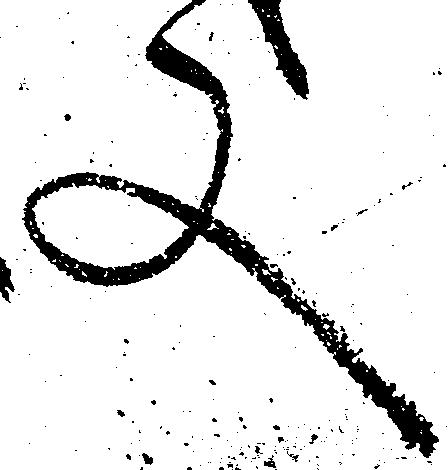
又